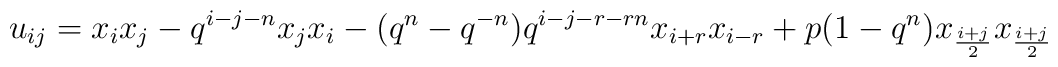
u_{ij}=x_{i}x_{j}-q^{i-j-n}x_{j}x_{i}-(q^{n}-q^{-n})q^{i-j-r-rn}x_{i+r}x_{i-r}+p(1-q^{n})x_{\frac{i+j}{2}}x_{\frac{i+j}{2}}